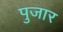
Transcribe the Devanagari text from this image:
पुजार